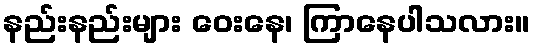
နည်းနည်းများ ဝေးနေ၊ ကြာနေပါသလား။